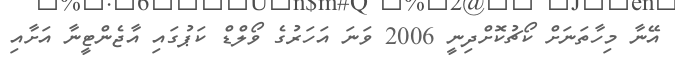
އޭނާ މިހާތަނަށް ކޯޗުކޮށްދިނީ 2006 ވަނަ އަހަރުގެ ވޯލްޑް ކަޕުގައި އާޖެންޓީނާ އަށާއި